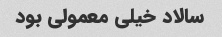
سالاد خیلی معمولی بود